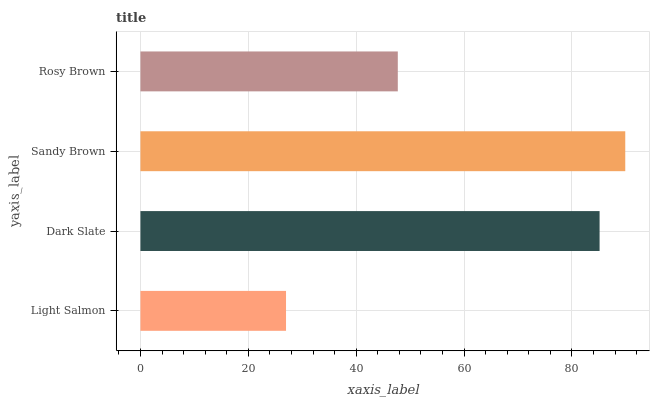
| yaxis_label | bars |
 | --- | --- |
 | Light Salmon | 27 |
 | Dark Slate | 85.1 |
 | Sandy Brown | 89.9 |
 | Rosy Brown | 47.7 |